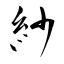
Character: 紗